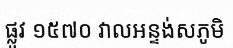
ផ្លូវ ១៥៧០ វាលអន្ទង់សភូមិ